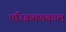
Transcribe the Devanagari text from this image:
परिक्रमणकाल